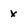
Character: x